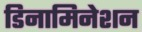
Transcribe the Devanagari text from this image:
डिनामिनेशन